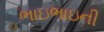
ભાઇભાઇની